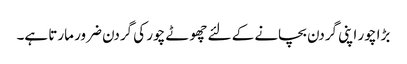
بڑا چور اپنی گردن بچانے کے لئے چھوٹے چور کی گردن ضرور مارتا ہے۔